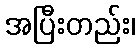
အပြီးတည်း၊